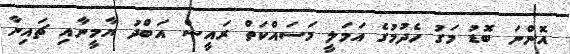
އޮންނަ ބޮޑު މަގު ހެދުމުގެ އަމަލީ މަސައްކަތް ރައީސް އަބްދު ޔާމީނާއި ޗައިނާ